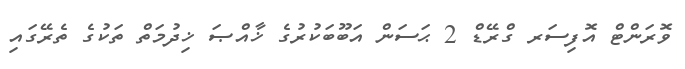
ވޮރަންޓް އޮފިސަރ ގްރޭޑް 2 ޙަސަން އަބޫބަކުރުގެ ޚާއްޞަ ޚިދުމަތް ތަކުގެ ތެރޭގައި